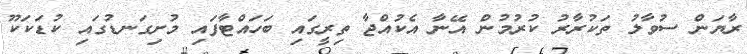
ރާޔަން ސުވާލު ތަކުރާރު ކުރުމުން އޭނާ އެކުއްޖާ ތިރީގައި ބަހައްޓާފައި މުށިގަނޑުގައި ކުޑަކަކޫ